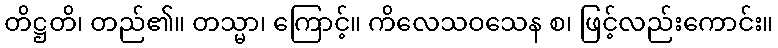
တိဋ္ဌတိ၊ တည်၏။ တသ္မာ၊ ကြောင့်။ ကိလေသဝသေန စ၊ ဖြင့်လည်းကောင်း။